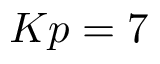
K p = 7